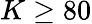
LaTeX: K\geq 80